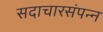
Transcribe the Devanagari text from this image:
सदाचारसंपन्न